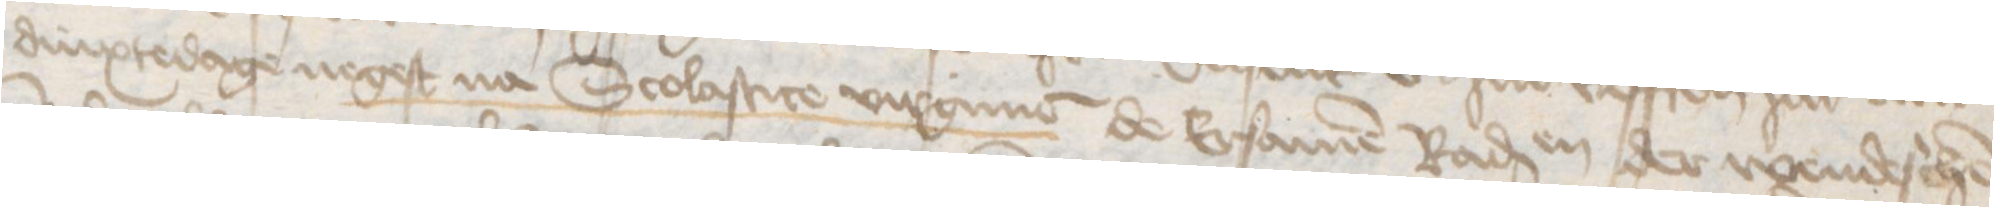
dinxtedage negest na Scolastice virgine de Ersamen Radessendebaden der wendeschen